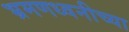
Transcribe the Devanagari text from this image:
भ्रमणध्वनीच्या